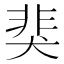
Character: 猆